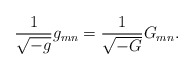
\begin{align*}{1\over\sqrt{-g}}g_{mn}={1\over\sqrt{-G}}G_{mn}.\end{align*}